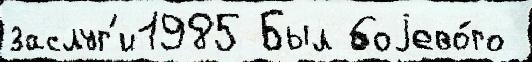
заслуг'и1985 Был боjево́го